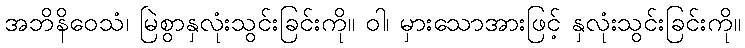
အဘိနိဝေသံ၊ မြဲစွာနှလုံးသွင်းခြင်းကို။ ဝါ၊ မှားသောအားဖြင့် နှလုံးသွင်းခြင်းကို။